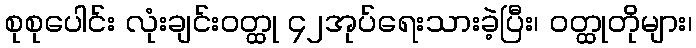
စုစုပေါင်း လုံးချင်းဝတ္ထု ၄၂အုပ်ရေးသားခဲ့ပြီး၊ ဝတ္ထုတိုများ၊